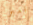
امبر